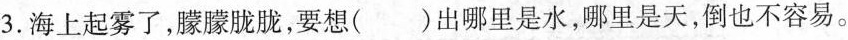
3.海上起雾了，朦朦胧胧，要想()出哪里是水，哪里是天，倒也不容易。